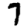
Digit: 7